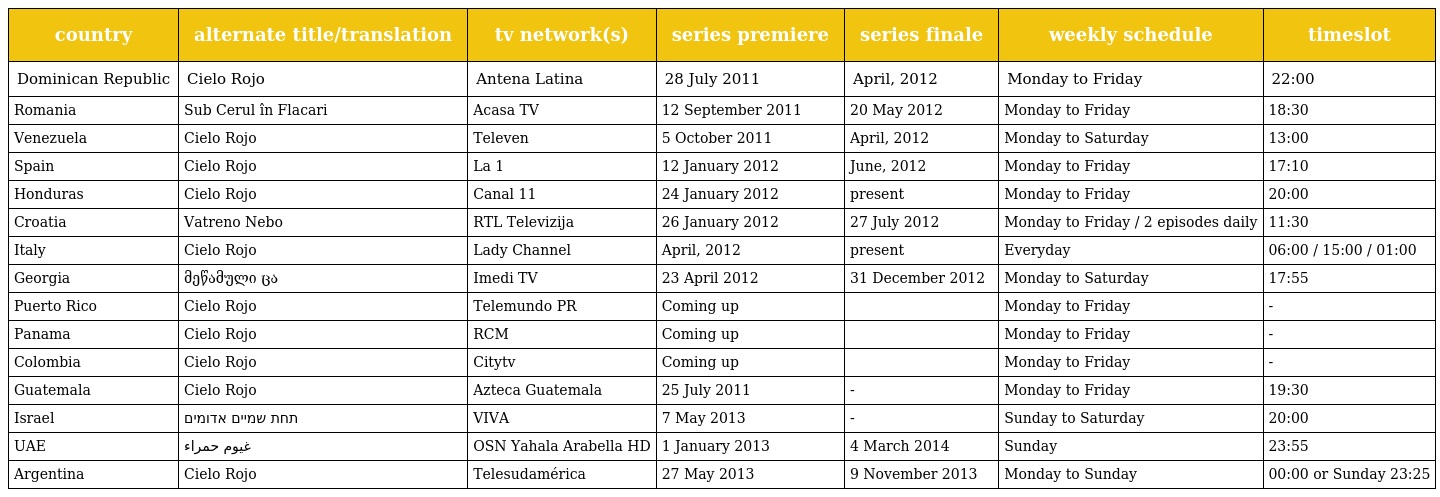
| country | alternate title/translation | tv network(s) | series premiere | series finale | weekly schedule | timeslot |
 | --- | --- | --- | --- | --- | --- | --- |
 | Dominican Republic | Cielo Rojo | Antena Latina | 28 July 2011 | April, 2012 | Monday to Friday | 22:00 |
 | Romania | Sub Cerul în Flacari | Acasa TV | 12 September 2011 | 20 May 2012 | Monday to Friday | 18:30 |
 | Venezuela | Cielo Rojo | Televen | 5 October 2011 | April, 2012 | Monday to Saturday | 13:00 |
 | Spain | Cielo Rojo | La 1 | 12 January 2012 | June, 2012 | Monday to Friday | 17:10 |
 | Honduras | Cielo Rojo | Canal 11 | 24 January 2012 | present | Monday to Friday | 20:00 |
 | Croatia | Vatreno Nebo | RTL Televizija | 26 January 2012 | 27 July 2012 | Monday to Friday / 2 episodes daily | 11:30 |
 | Italy | Cielo Rojo | Lady Channel | April, 2012 | present | Everyday | 06:00 / 15:00 / 01:00 |
 | Georgia | მეწამული ცა | Imedi TV | 23 April 2012 | 31 December 2012 | Monday to Saturday | 17:55 |
 | Puerto Rico | Cielo Rojo | Telemundo PR | Coming up |  | Monday to Friday | - |
 | Panama | Cielo Rojo | RCM | Coming up |  | Monday to Friday | - |
 | Colombia | Cielo Rojo | Citytv | Coming up |  | Monday to Friday | - |
 | Guatemala | Cielo Rojo | Azteca Guatemala | 25 July 2011 | - | Monday to Friday | 19:30 |
 | Israel | תחת שמיים אדומים | VIVA | 7 May 2013 | - | Sunday to Saturday | 20:00 |
 | UAE | غيوم حمراء | OSN Yahala Arabella HD | 1 January 2013 | 4 March 2014 | Sunday | 23:55 |
 | Argentina | Cielo Rojo | Telesudamérica | 27 May 2013 | 9 November 2013 | Monday to Sunday | 00:00 or Sunday 23:25 |